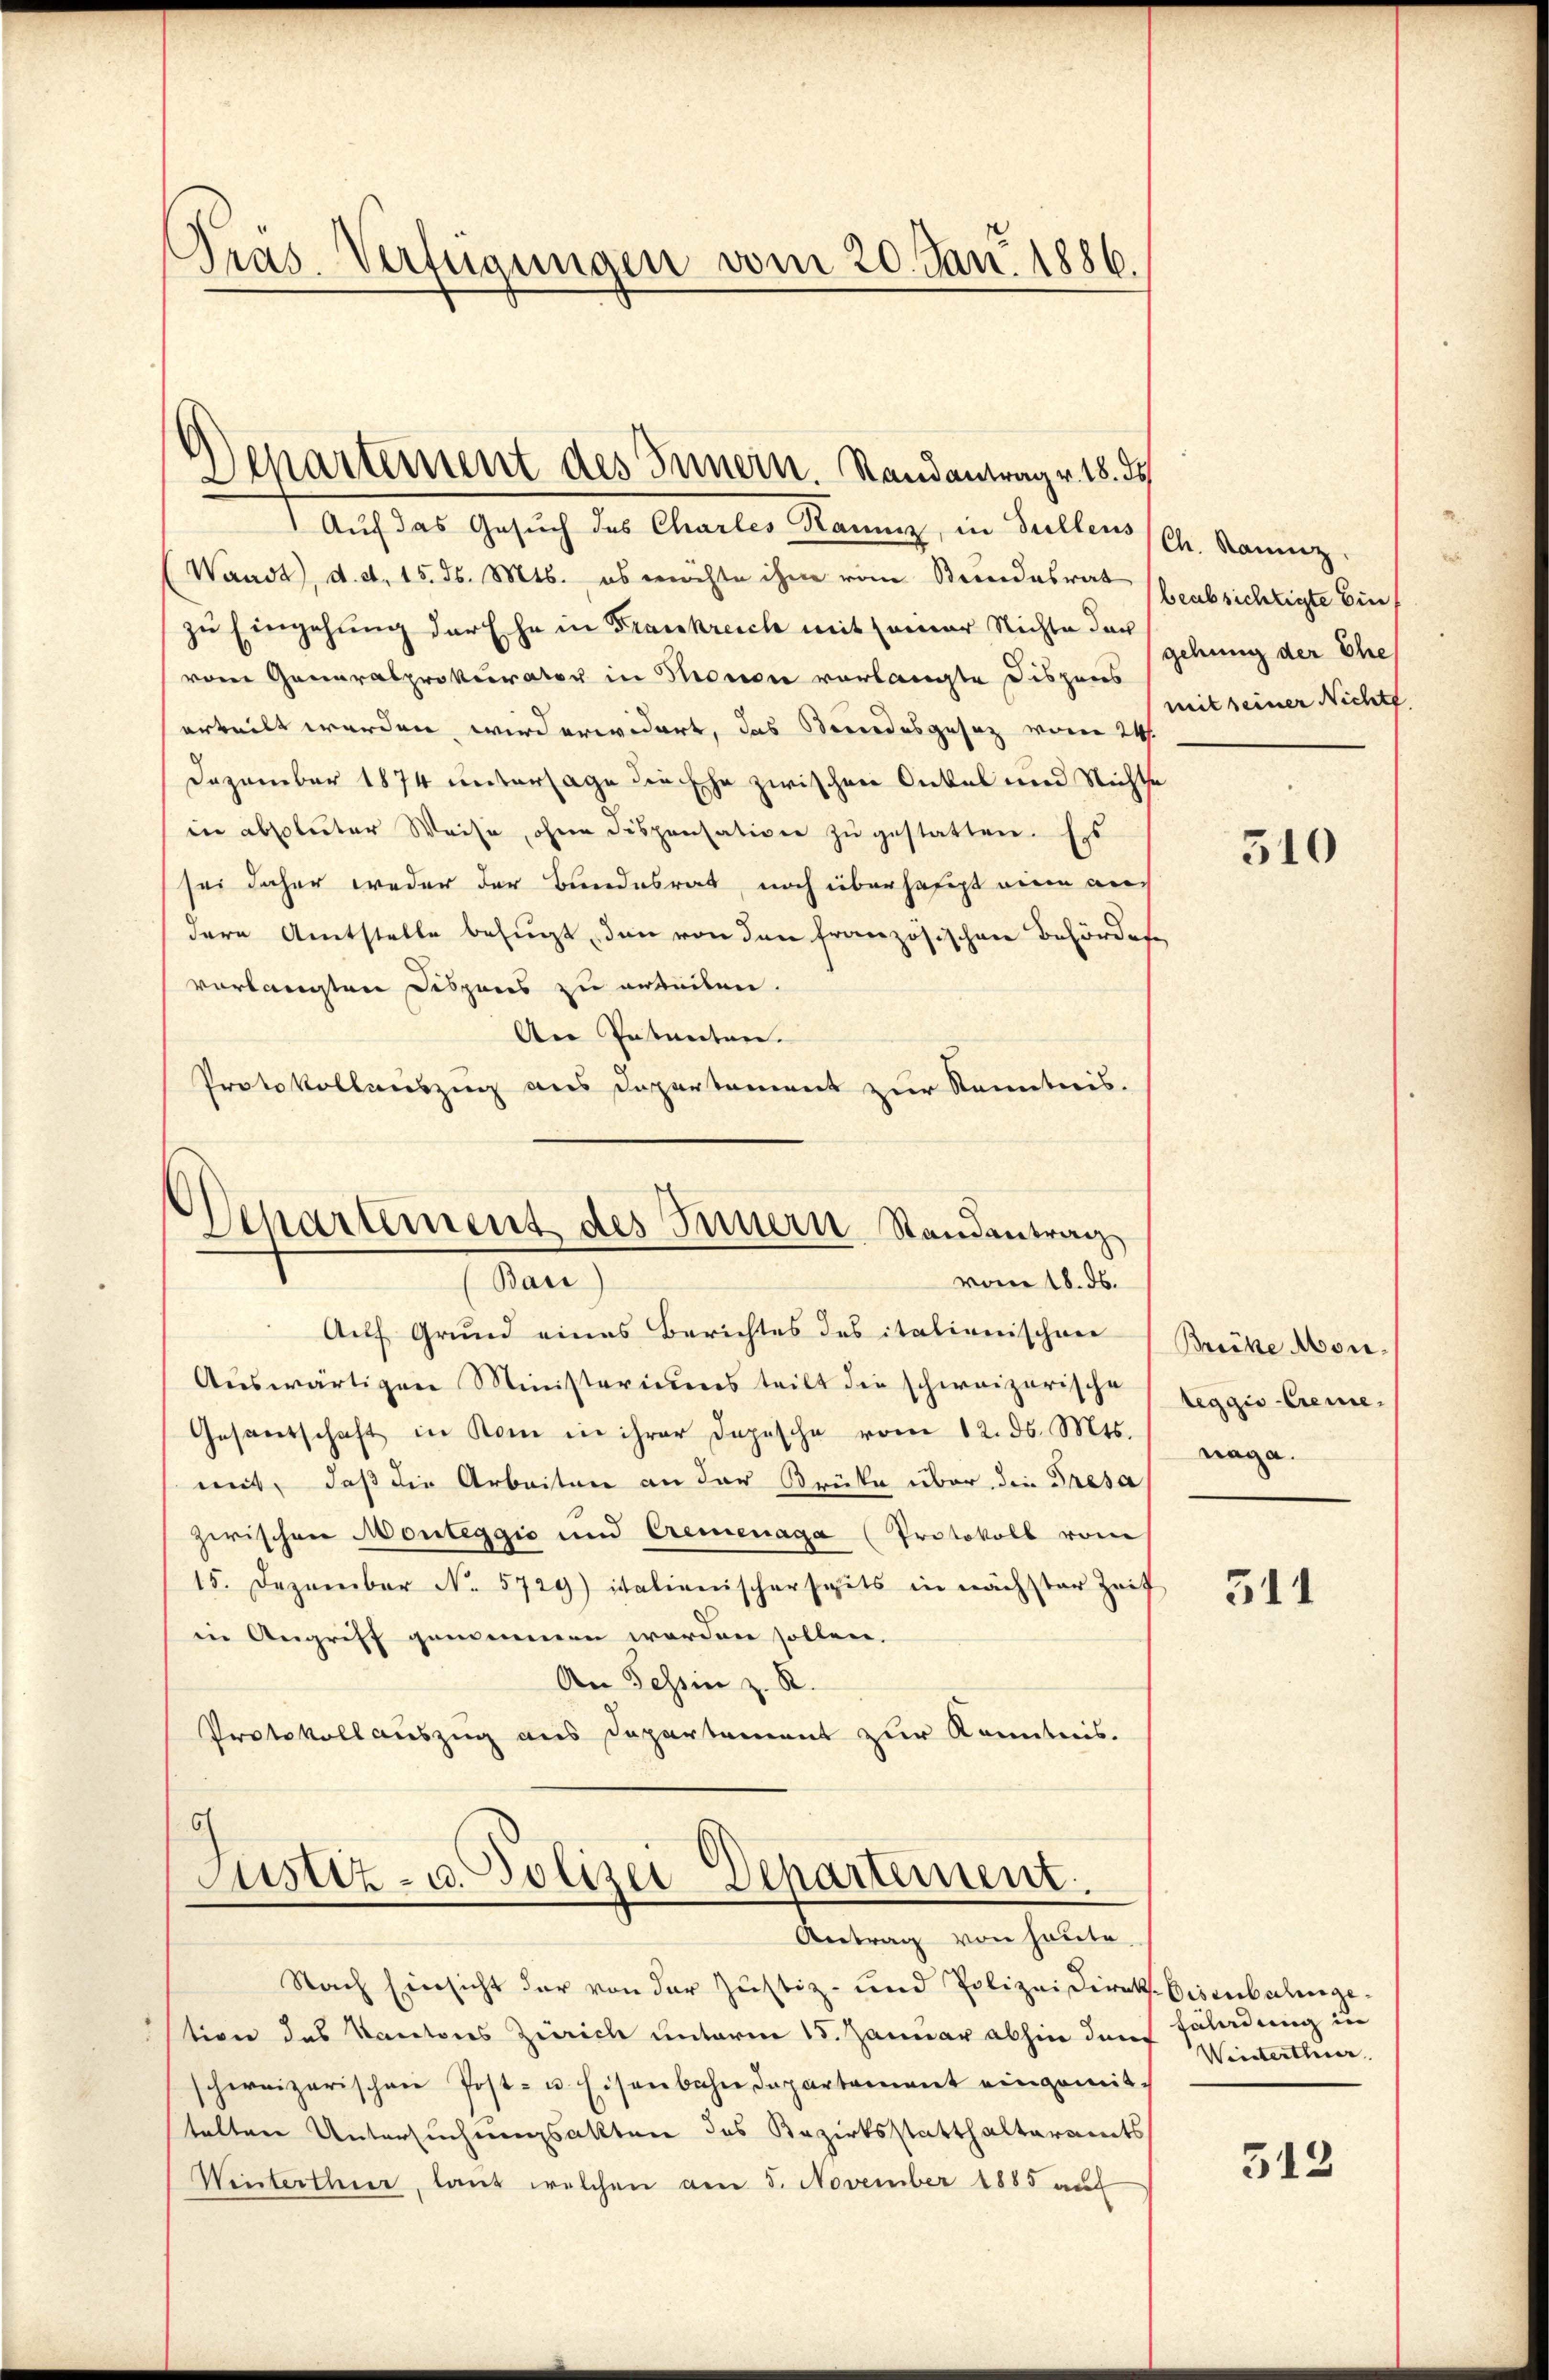
Gras. Verfügungen vom 20. Jan. 1886.

Departement des Innern. Randantrag v. 18. d.

Departement des Innern Randantrag
(Baie
vom 18. ds.

1 Auf das Gesŭch des Charles Raunz, in Sullens (Ch. Kanz
Waadt), d. d. 15. ds. Mts., es möchte ihm vom Stundesrat beabsichtigte Einzu Eingehung der Ehe in Frankreich mit seiner Nichte dar
vom Generalprokurator in Honore vorlangte Dispens
erteilt werden wird erwidert, das Serendesgesetz von 24.
Dezember 1874 untersage die Ehe zwischen Onkel und Nichte
in absoluter Weise, ohne dispensation zŭ gestatten. Es
sei daher weder der Bundesrat, noch überhaft eine auch
dern Amtstelle befugt, den von den französischen Behördere
vorlangten Dispens zu arbeilen.
An Intenten.
Protokollauszug aus Departement zur Kenntnis.
Auf Grund eines Berichtes des italienischen
Auswärtigen Ministeriums teilt die schweizerische
Gesandschaft in Kom in ihrer Depesche vom 12. ds. Mts.
mit, daß die Arbeiten an der Brüste über die Presa
zwischen Monteggio und Cremenaga (Protokoll vom
15. Dezember No. 5729) italienischerseits in nächster Zeit
in Angriff genommen werden sollen.
An Tessin z. R.
Protokoll auszug aus Departement zur Kenntnis.
6
Justiz- u. Polizei Departement.
Antrag von heute.
Nach Einsicht der von der Justiz- und Polizeidirekt. Bisenbahnge-
tion des Kantons Zürich unterm 15. Januar abhin den Faladung in
schweizerischen Post- u. Eisenbahndepartement eingemittalten Untersuchungsakten des Bezirksstatthalteramts
Winterthur, laut welchen am 5. November 1885 auf

gehung der Ehe,
mit seiner Nichte

310

Brüche Mon.
teggio-Creme,
naga.

511

Weisterther.

512